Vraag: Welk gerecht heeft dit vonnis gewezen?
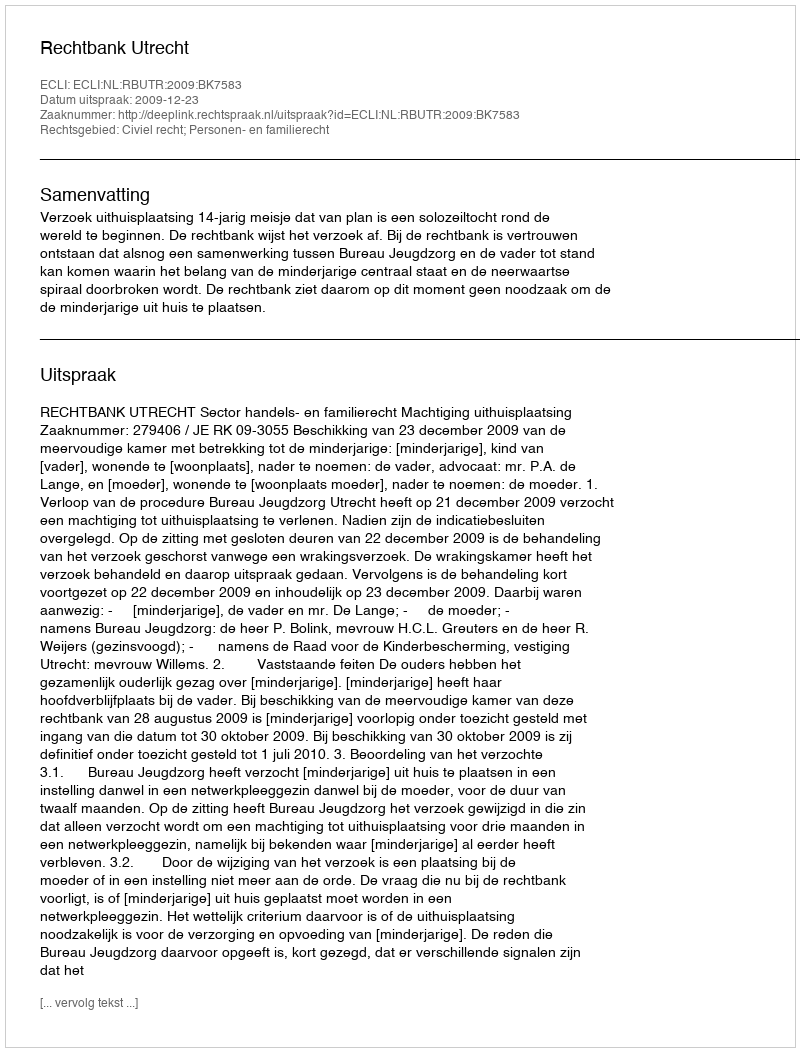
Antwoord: Rechtbank Utrecht